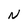
Character: N